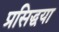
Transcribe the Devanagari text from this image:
प्रसिद्धया